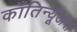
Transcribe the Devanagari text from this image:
काँतिन्यूअस